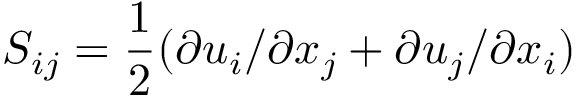
S _ { i j } = \frac { 1 } { 2 } ( \partial { u _ { i } } / \partial { x _ { j } } + \partial { u _ { j } } / \partial { x _ { i } } )